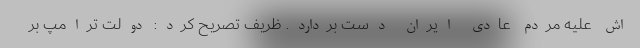
اش علیه مردم عادی ایران دست بردارد. ظریف تصریح کرد: دولت ترامپ بر